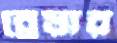
ব্রেয়ার